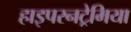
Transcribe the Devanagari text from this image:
हाइपरनट्रेमिया